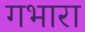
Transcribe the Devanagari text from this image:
गभारा